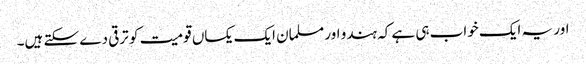
اور یہ ایک خواب ہی ہے کہ ہندو اور مسلمان ایک یکساں قومیت کو ترقی دے سکتے ہیں۔